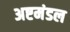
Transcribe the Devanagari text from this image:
अष्टमंडल